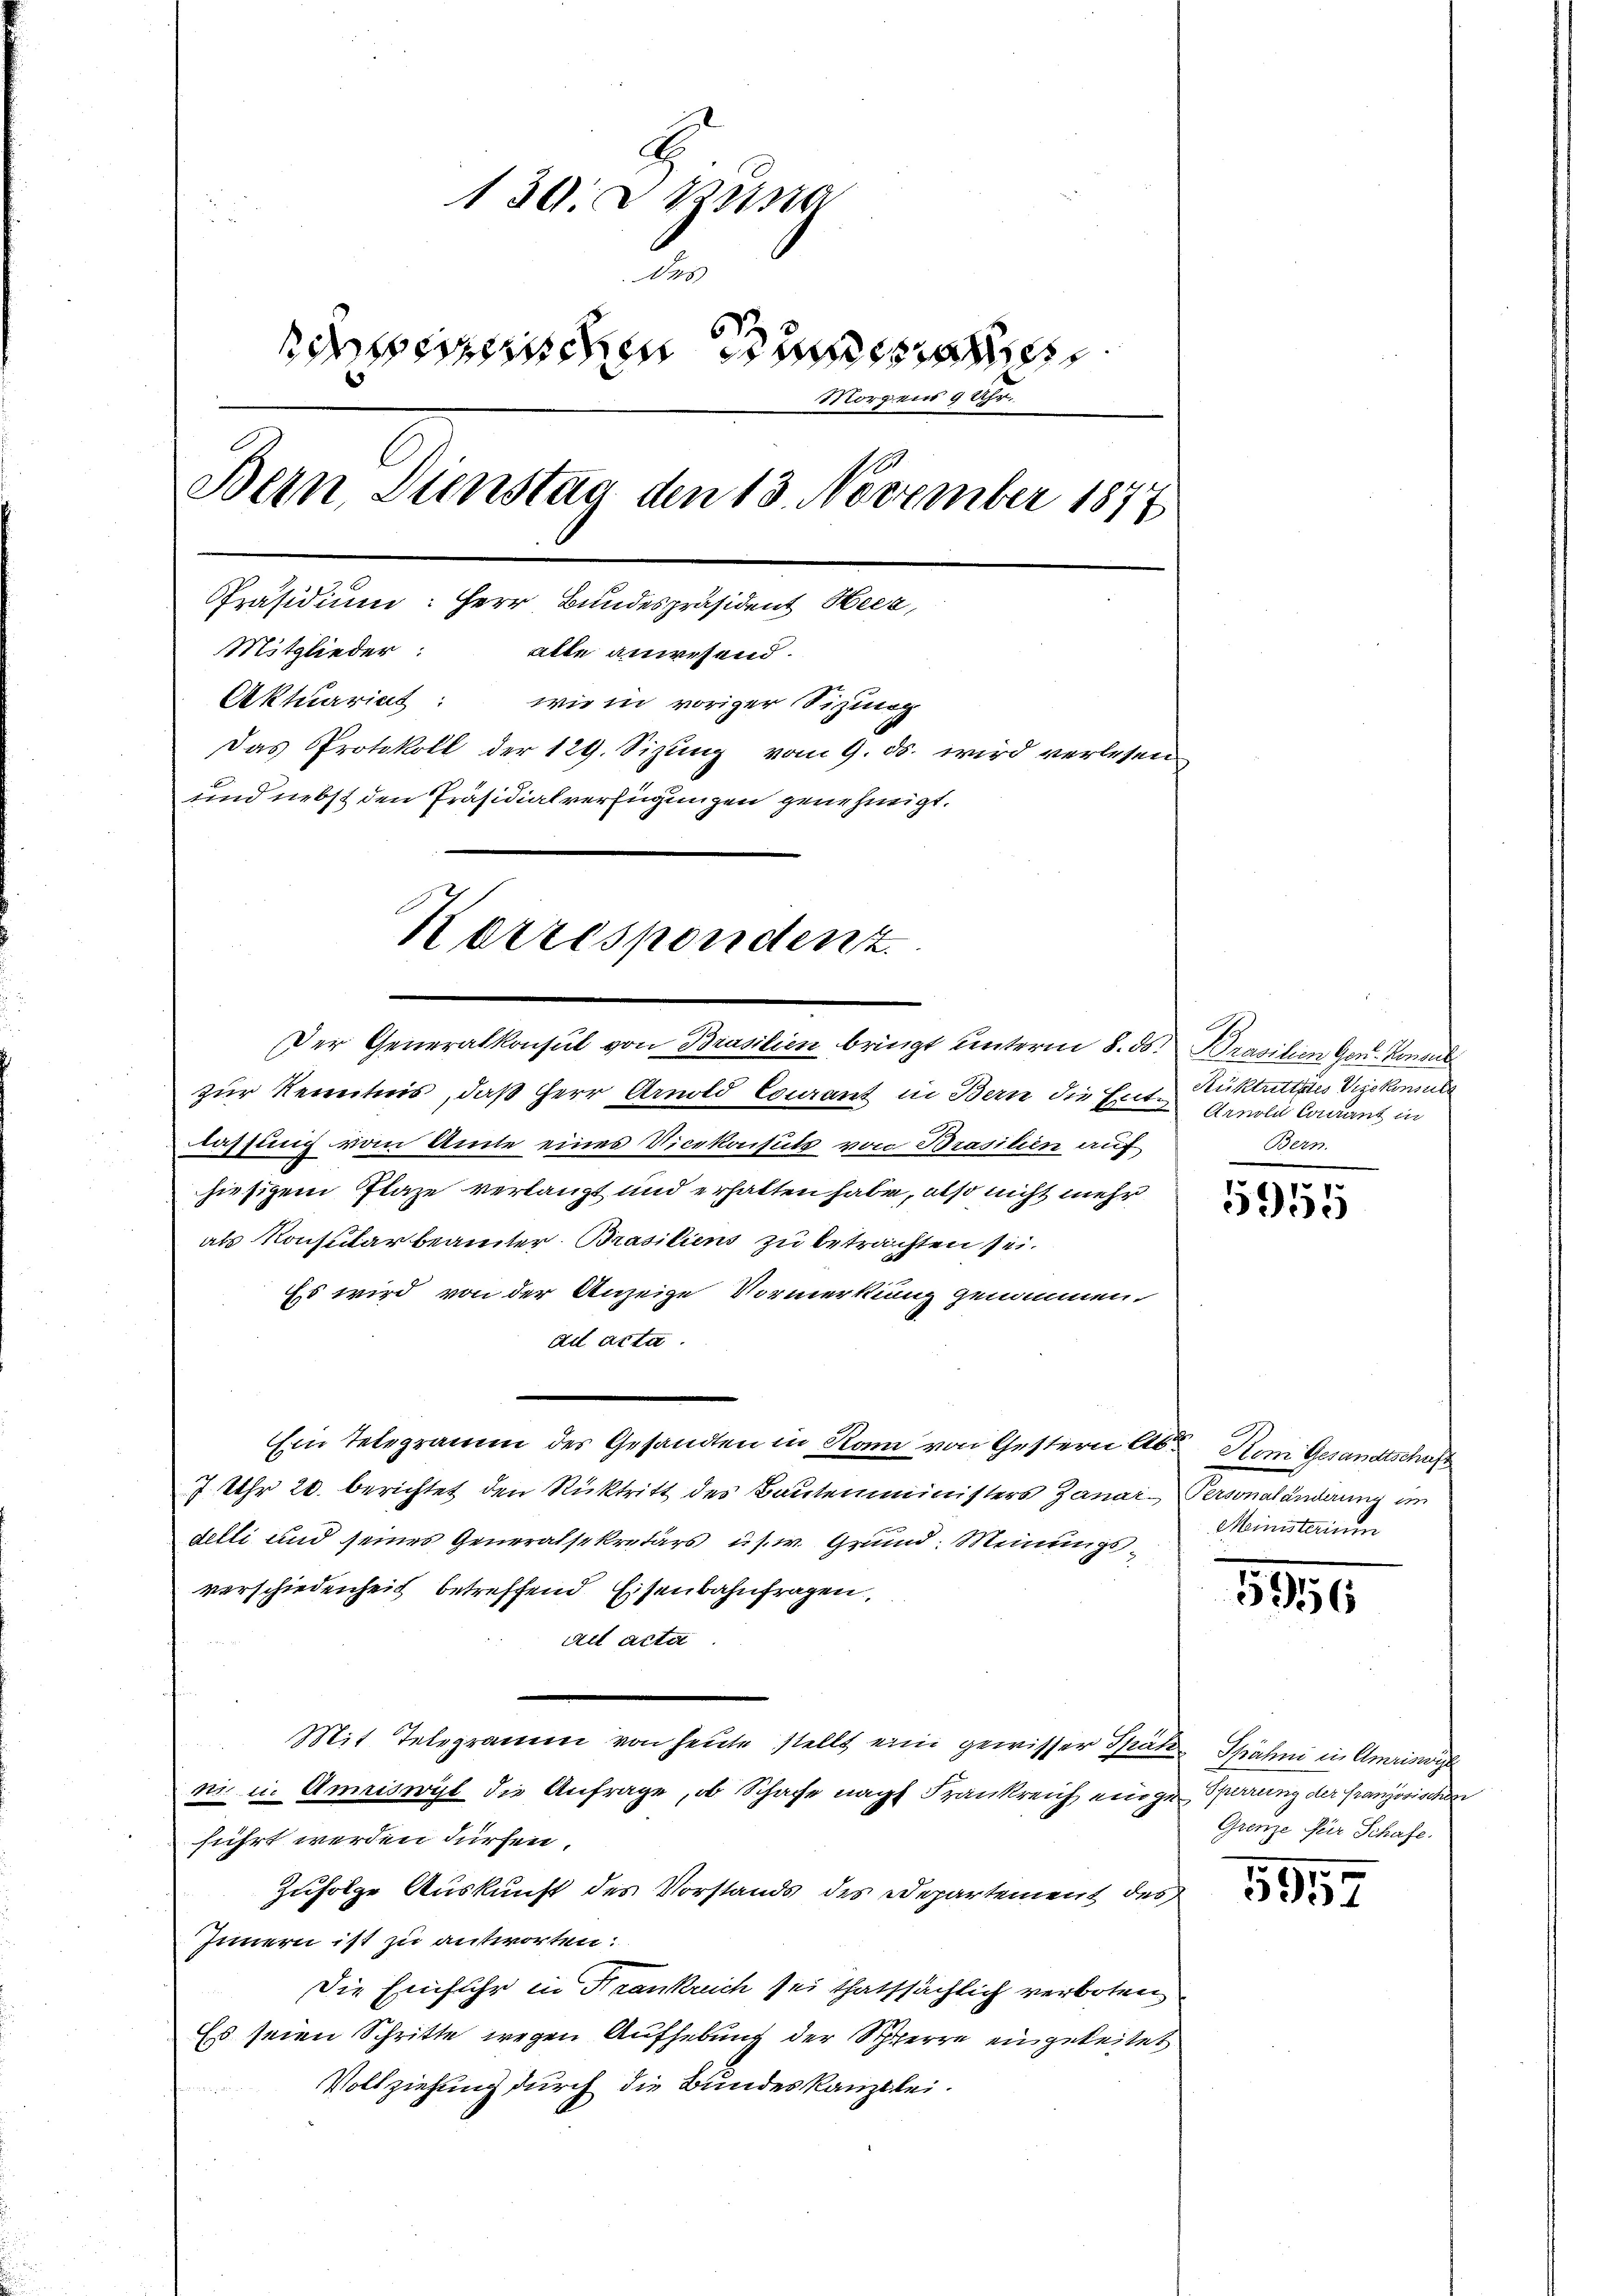
130. d. Beisa
Das
scheichen die
Morgens 9 Uhr
Bern, Dienstag den 13. November 1877
Präsidium: Herr Bundespräsident Heer,
Mitglieder:
alle anwesend.
Aktuariat: wie in voriger Sitzung
Das Protokoll der 129. Sizŭng vom 9. ds. wird verlesen
und nebst den Präsidialverfügungen genehmigt.
Korrespondenz

Der Generalkonsul von Brasilien bringt unterm 8. ds. Prasilien Gen. Konsul
zur Kenntnis, daß Herr Arnold Courant in Bern die Ent-Rücktrittstes Vizekonsule
lassung vom Amte eines Vicekonsuls von Brasilien auf
hiesigem Plaze verlangt und erhalten habe, also nicht mehr
als Konsularbeamter Brasiliens zu betrachten sei.
Es wird von der Anzeige Vormerkung genommen.
ad acta.
Ein Telegramm des Gesandten in Rom von Gestern Aber Kom Gesandtschaft
7 Uhr 20. berichtet den Rücktritt des Bautemministers Janar-Personaländerung im
delli und seines Generalsekretärs u.s.w. Grund Meinungsverschiedenheit betreffend Eisenbahnfragen,
ail acta
Mit Telegramm von heute stellt eine gewisser Spät Spähni in Amriswill
ni u. Amriswyl die Anfrage, ob Schafe nach Frankreich einge Sperrung der französischen
führt werden dürfen.
zufolge Auskunft des Vorstands des Departement des
Innern ist zu antworten:
Die Einfuhr in Krankreich sei thatsächlich verboten
Es seien Schritte wegen Aufhebung der Schwere eingeleitet
Vollziehung durch die Bundeskanzlei.

Arnold Caurant in
Bern.

5955

Ministerium

3916

Grenze für Schafe.

5957